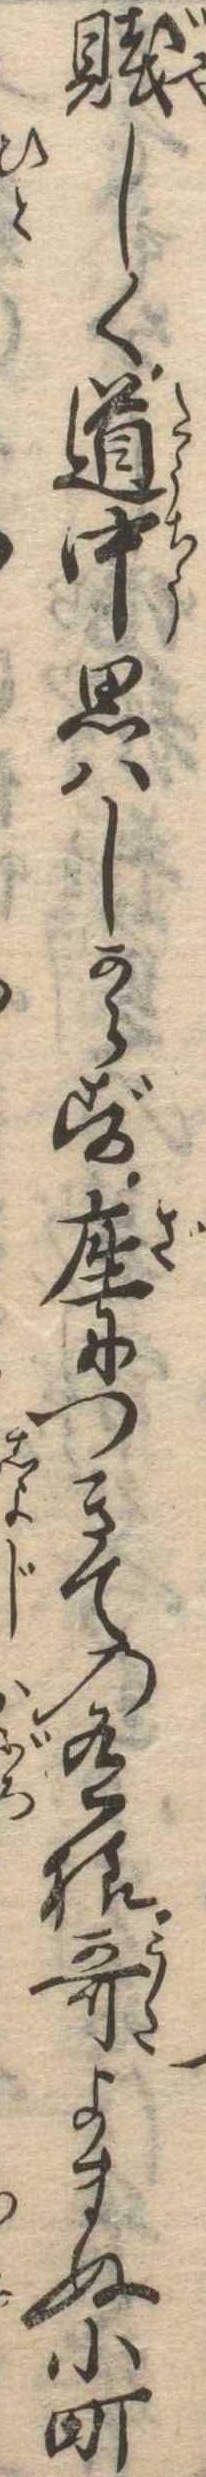
賎しく道中思はしからず座につきての有様歌よまぬ小町